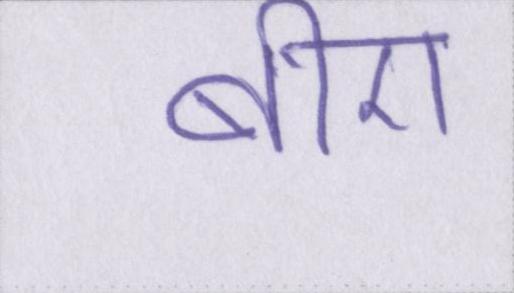
बीए